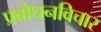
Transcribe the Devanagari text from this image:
प्रबोधनविचार